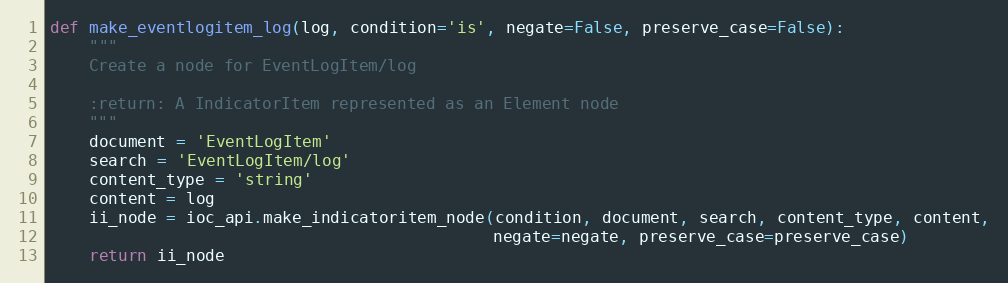
Language: Python
def make_eventlogitem_log(log, condition='is', negate=False, preserve_case=False):
    """
    Create a node for EventLogItem/log

    :return: A IndicatorItem represented as an Element node
    """
    document = 'EventLogItem'
    search = 'EventLogItem/log'
    content_type = 'string'
    content = log
    ii_node = ioc_api.make_indicatoritem_node(condition, document, search, content_type, content,
                                              negate=negate, preserve_case=preserve_case)
    return ii_node